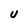
Character: U